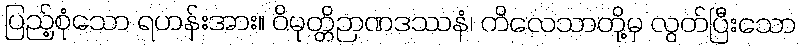
ပြည့်စုံသော ရဟန်းအား။ ဝိမုတ္တိဉာဏဒဿနံ၊ ကိလေသာတို့မှ လွတ်ပြီးသော